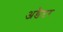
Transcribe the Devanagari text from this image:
अडैप्टर